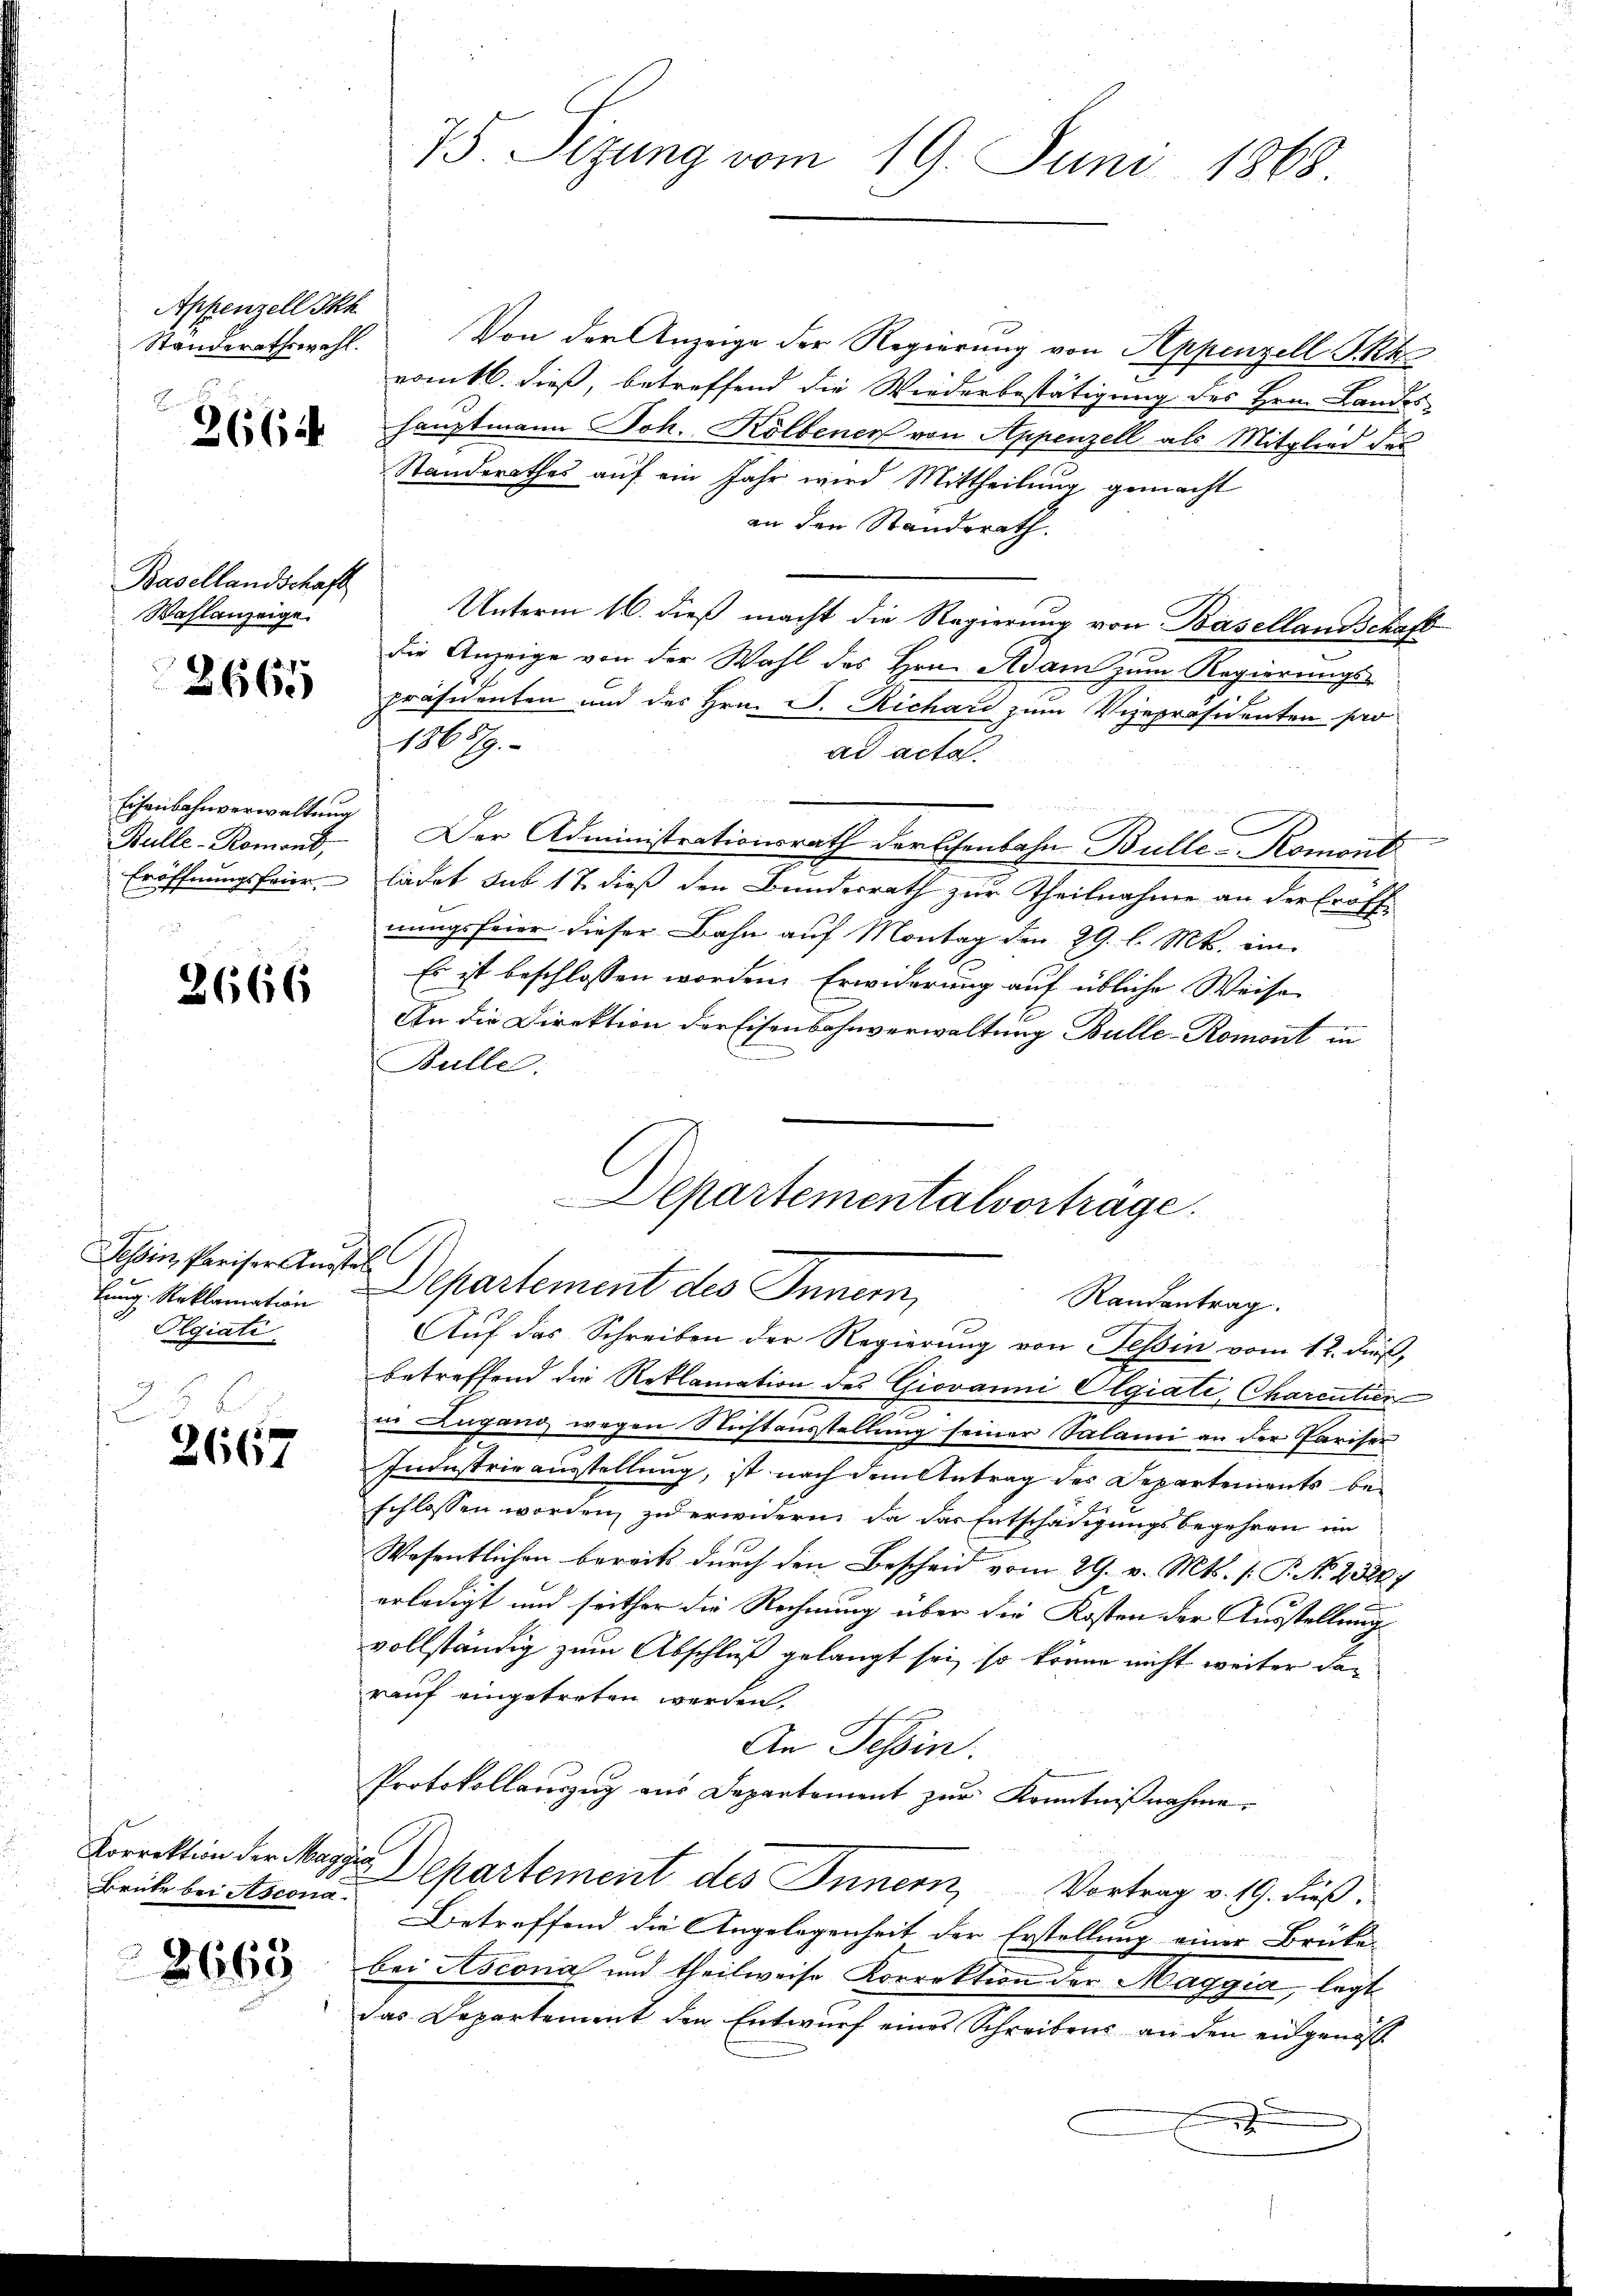
Appenzell Ih

2664

Basellandschaft
Wahlanzeige.

3665

Eisenbahnverwaltung
Bulle-Romont,

2666

Tessin, Pariser Ausstell
Oegiati
d
.

2667

Brücke bei Ascona.

8665

75 Sizung vom 19. Juni 1868

Standerathswahl. Von der Anzeige der Regierung von Appenzell Pkk
romtl. dieß, betreffend die Wiederbestätigung des Hrn. Landos
hauptmann Joh. Kolbenen von Appenzell als Mitglied des
Standerathes auf ein Jahr wird Mittheilung gemacht
an den Standsrath.
Unterm 16. dieß macht die Regierung von Basellandschaft
die Anzeige von der Wahl des Hrn. Adam zum Regierungs-
präsidenten und des Hrn. J. Richard zum Vizepräsidenten sa
1865/9.
ad acta.
Der Administrationsrath der Eisenbahn Bülle Romont
Eröffnungsfeier - ladet sub 17. dieß den Bundesrath zur Theilnahme an der Eröffnungsfeier dieser Bahn auf Montag den 29. l. Mts. ein¬
Es ist beschlossen worden. Erwiderung auf übliche Weise
An die Direktion der Eisenbahnverwaltung Bulle-Romont in
Bulle.
Departementalvorträge.
lung, Reklamatin Departement des Innern,
Randantrag.
Auf das Schreiben der Regierung von Tessin vom 12. Fuß,
betreffend die Reklamation des Giovanni Olgiati, Charcitier
in Lugang wegen Nichtausstellung seiner Salami an der Pariser
Industrie ausstellung, ist nach dem Antrag des Departements be-
schlossen worden, zu erwidern, da das Entschädigungsbegehren im
Wesentlichen bereits durch den Bescheid vom 29. v. Mts. (T. N. 23247
erledigt und seither die Rechnung über die Kosten der Ausstellung
vollständig zum Abschluß gelangt sei, so könne nicht weiter darauf eingetreten werden.
An Tessin.
Protokollauszug aus Departement zur Kenntnißnahme.
Korrektion der Maggis Departement des Innern, Vortrag v. 19. dieß.
Betreffend die Angelegenheit der Erstellung einer Brüke-
bei Asconial und theilweise Korrektion der Maggia, legt
das Departement den Entwurf eines Schreibens an den eidgenöß¬
.